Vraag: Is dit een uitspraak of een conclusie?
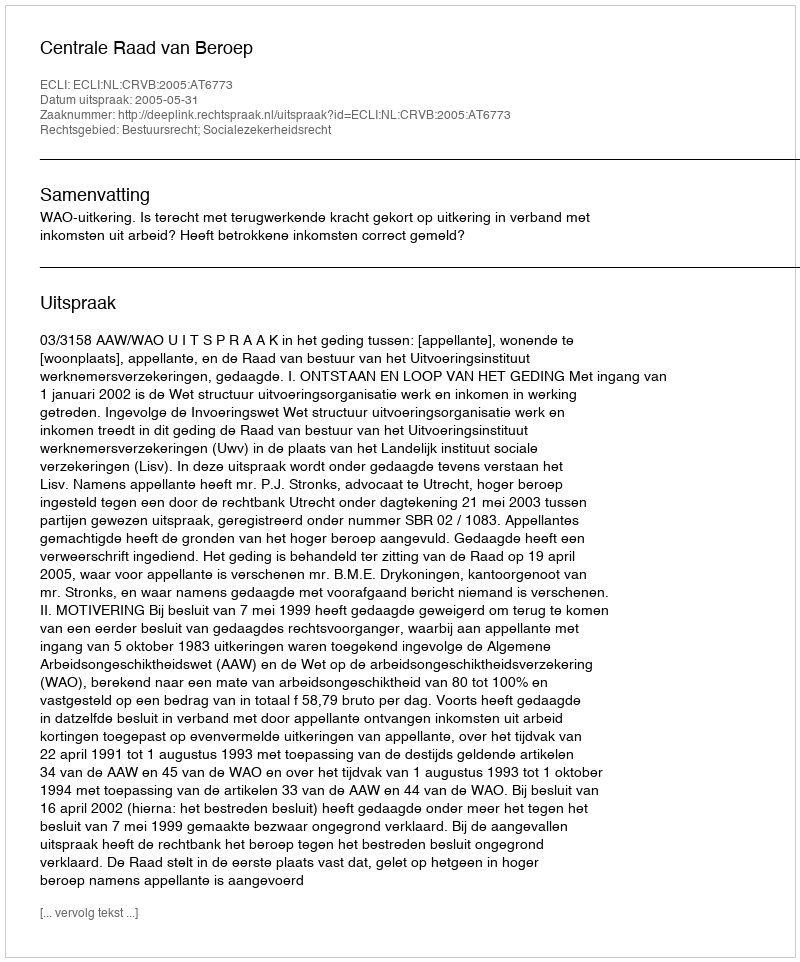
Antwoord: Uitspraak